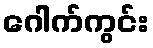
ဂေါက်ကွင်း